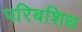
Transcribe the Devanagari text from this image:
परिबशिथ